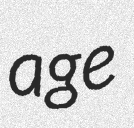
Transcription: age